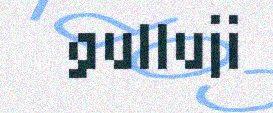
gulluji